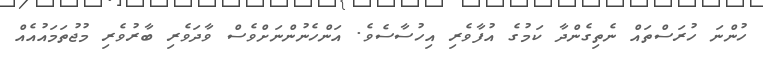
ހުންނަ ހުރަސްތައް ނެތިގެންދާ ކަމުގެ އުފާވެރި އިހުސާސެވެ. އަންހެނުންނަށްވެސް ވާދަވެރި ބާރުވެރި މުޖުތަމައުއެއް